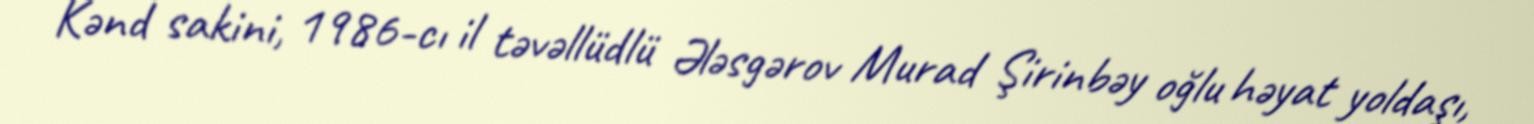
Kənd sakini, 1986-cı il təvəllüdlü Ələsgərov Murad Şirinbəy oğlu həyat yoldaşı,